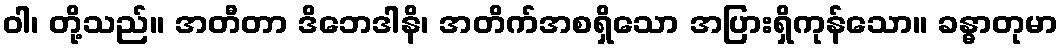
ဝါ၊ တို့သည်။ အတီတာ ဒိဘေဒါနိ၊ အတိက်အစရှိသော အပြားရှိကုန်သော။ ခန္ဓာတုမာ